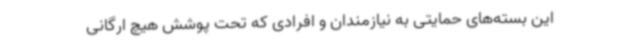
این بسته‌های حمایتی به نیازمندان و افرادی که تحت پوشش هیچ ارگانی